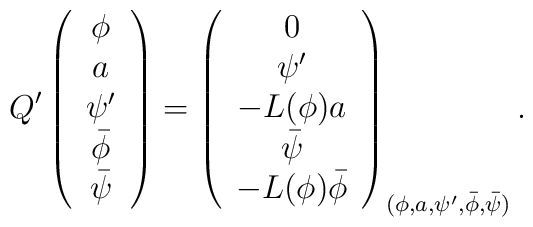
Q'\left(    \begin{array}{c}	\phi \\	a \\	\psi' \\	\bar{\phi} \\	\bar{\psi}     \end{array}    \right) = \left(    \begin{array}{c}	0 \\ \psi' \\ -L(\phi)a \\ \bar{\psi} \\ -L(\phi)\bar{\phi}    \end{array}    \right)_{(\phi,a,\psi',\bar{\phi},\bar{\psi})}.